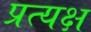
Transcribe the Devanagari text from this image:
प्रत्यक्ष